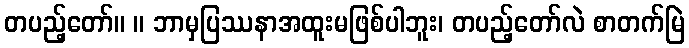
တပည့်တော်။ ။ ဘာမှပြဿနာအထူးမဖြစ်ပါဘူး၊ တပည့်တော်လဲ စာတက်မြဲ